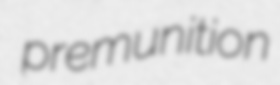
premunition